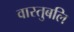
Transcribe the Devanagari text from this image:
वास्तुबलि